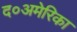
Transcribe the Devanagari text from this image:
द०अमेरिका